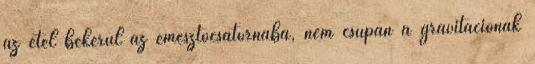
az étel bekerül az emésztőcsatornába, nem csupán a gravitációnak